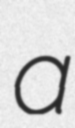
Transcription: a